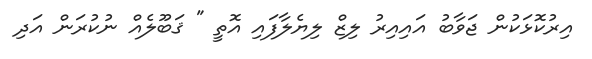
އިރުކޮޅަކުން ޖަވާބު އައިއިރު ލިޒް ލިޔެލާފައި އޮތީ " ޤަބޫލެއް ނުކުރަން އަދި